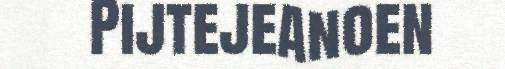
Pijtejeanoen